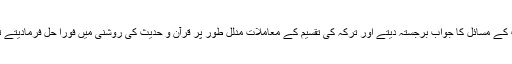
میراث کے مسائل کا جواب برجستہ دیتے اور ترکہ کی تقسیم کے معاملات مدلّل طور پر قرآن و حدیث کی روشنی میں فوراً حل فرمادیتے تھے‘‘۔